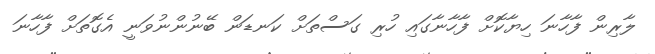
ލާރިން ފާހާނަ ހިޔާކޮށް ފާހާނާގައި ހުރި ގަސްތަށް ކަނޑަން ބޭނުންނުވަނީ އެގޮތަށް ފާހާނަ